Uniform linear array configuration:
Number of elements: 12
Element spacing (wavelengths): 0.25
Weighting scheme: kaiser
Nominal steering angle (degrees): -15
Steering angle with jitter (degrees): -13.896
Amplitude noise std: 0.05
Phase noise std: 0.05

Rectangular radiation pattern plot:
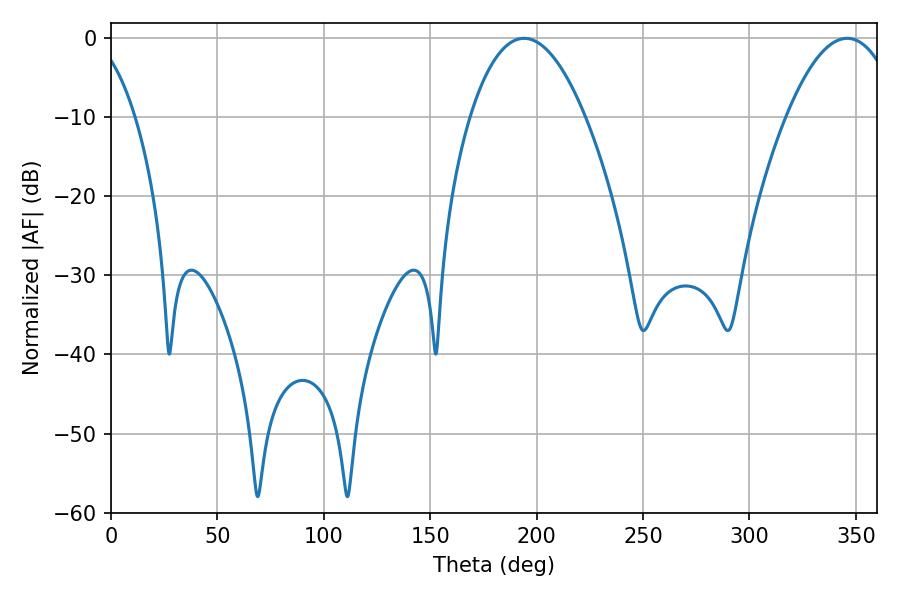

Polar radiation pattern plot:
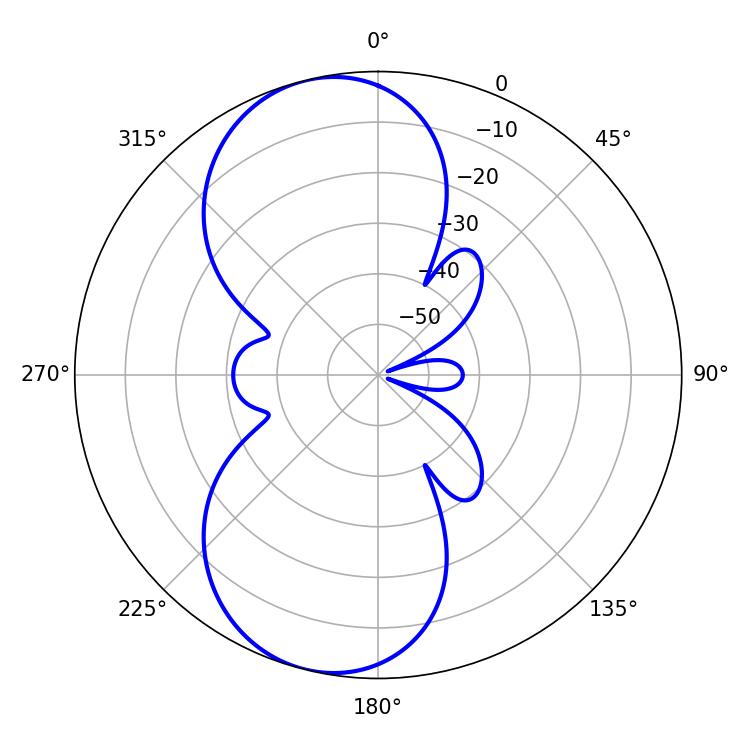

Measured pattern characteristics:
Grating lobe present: FALSE
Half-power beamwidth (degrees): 29.88
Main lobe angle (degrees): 194.04